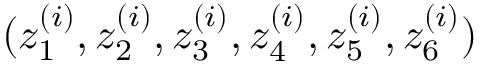
( z _ { 1 } ^ { ( i ) } , z _ { 2 } ^ { ( i ) } , z _ { 3 } ^ { ( i ) } , z _ { 4 } ^ { ( i ) } , z _ { 5 } ^ { ( i ) } , z _ { 6 } ^ { ( i ) } )